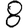
Digit: 8